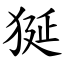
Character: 狿